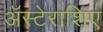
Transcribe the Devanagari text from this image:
अॅस्टेराशिए